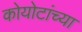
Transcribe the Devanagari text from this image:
कोयोटांच्या